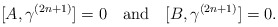
\begin{align*}[A,\gamma^{(2n+1)}]=0\quad\mbox{and}\quad[B,\gamma^{(2n+1)}]=0.\end{align*}